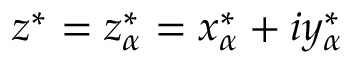
z ^ { * } = z _ { \alpha } ^ { * } = x _ { \alpha } ^ { * } + i y _ { \alpha } ^ { * }